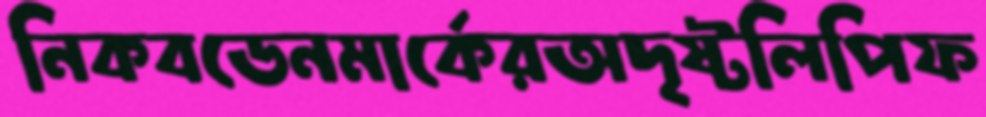
নিকবডেনমার্কেরঅদৃষ্টলিপিফ